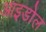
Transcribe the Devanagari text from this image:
आइडोल